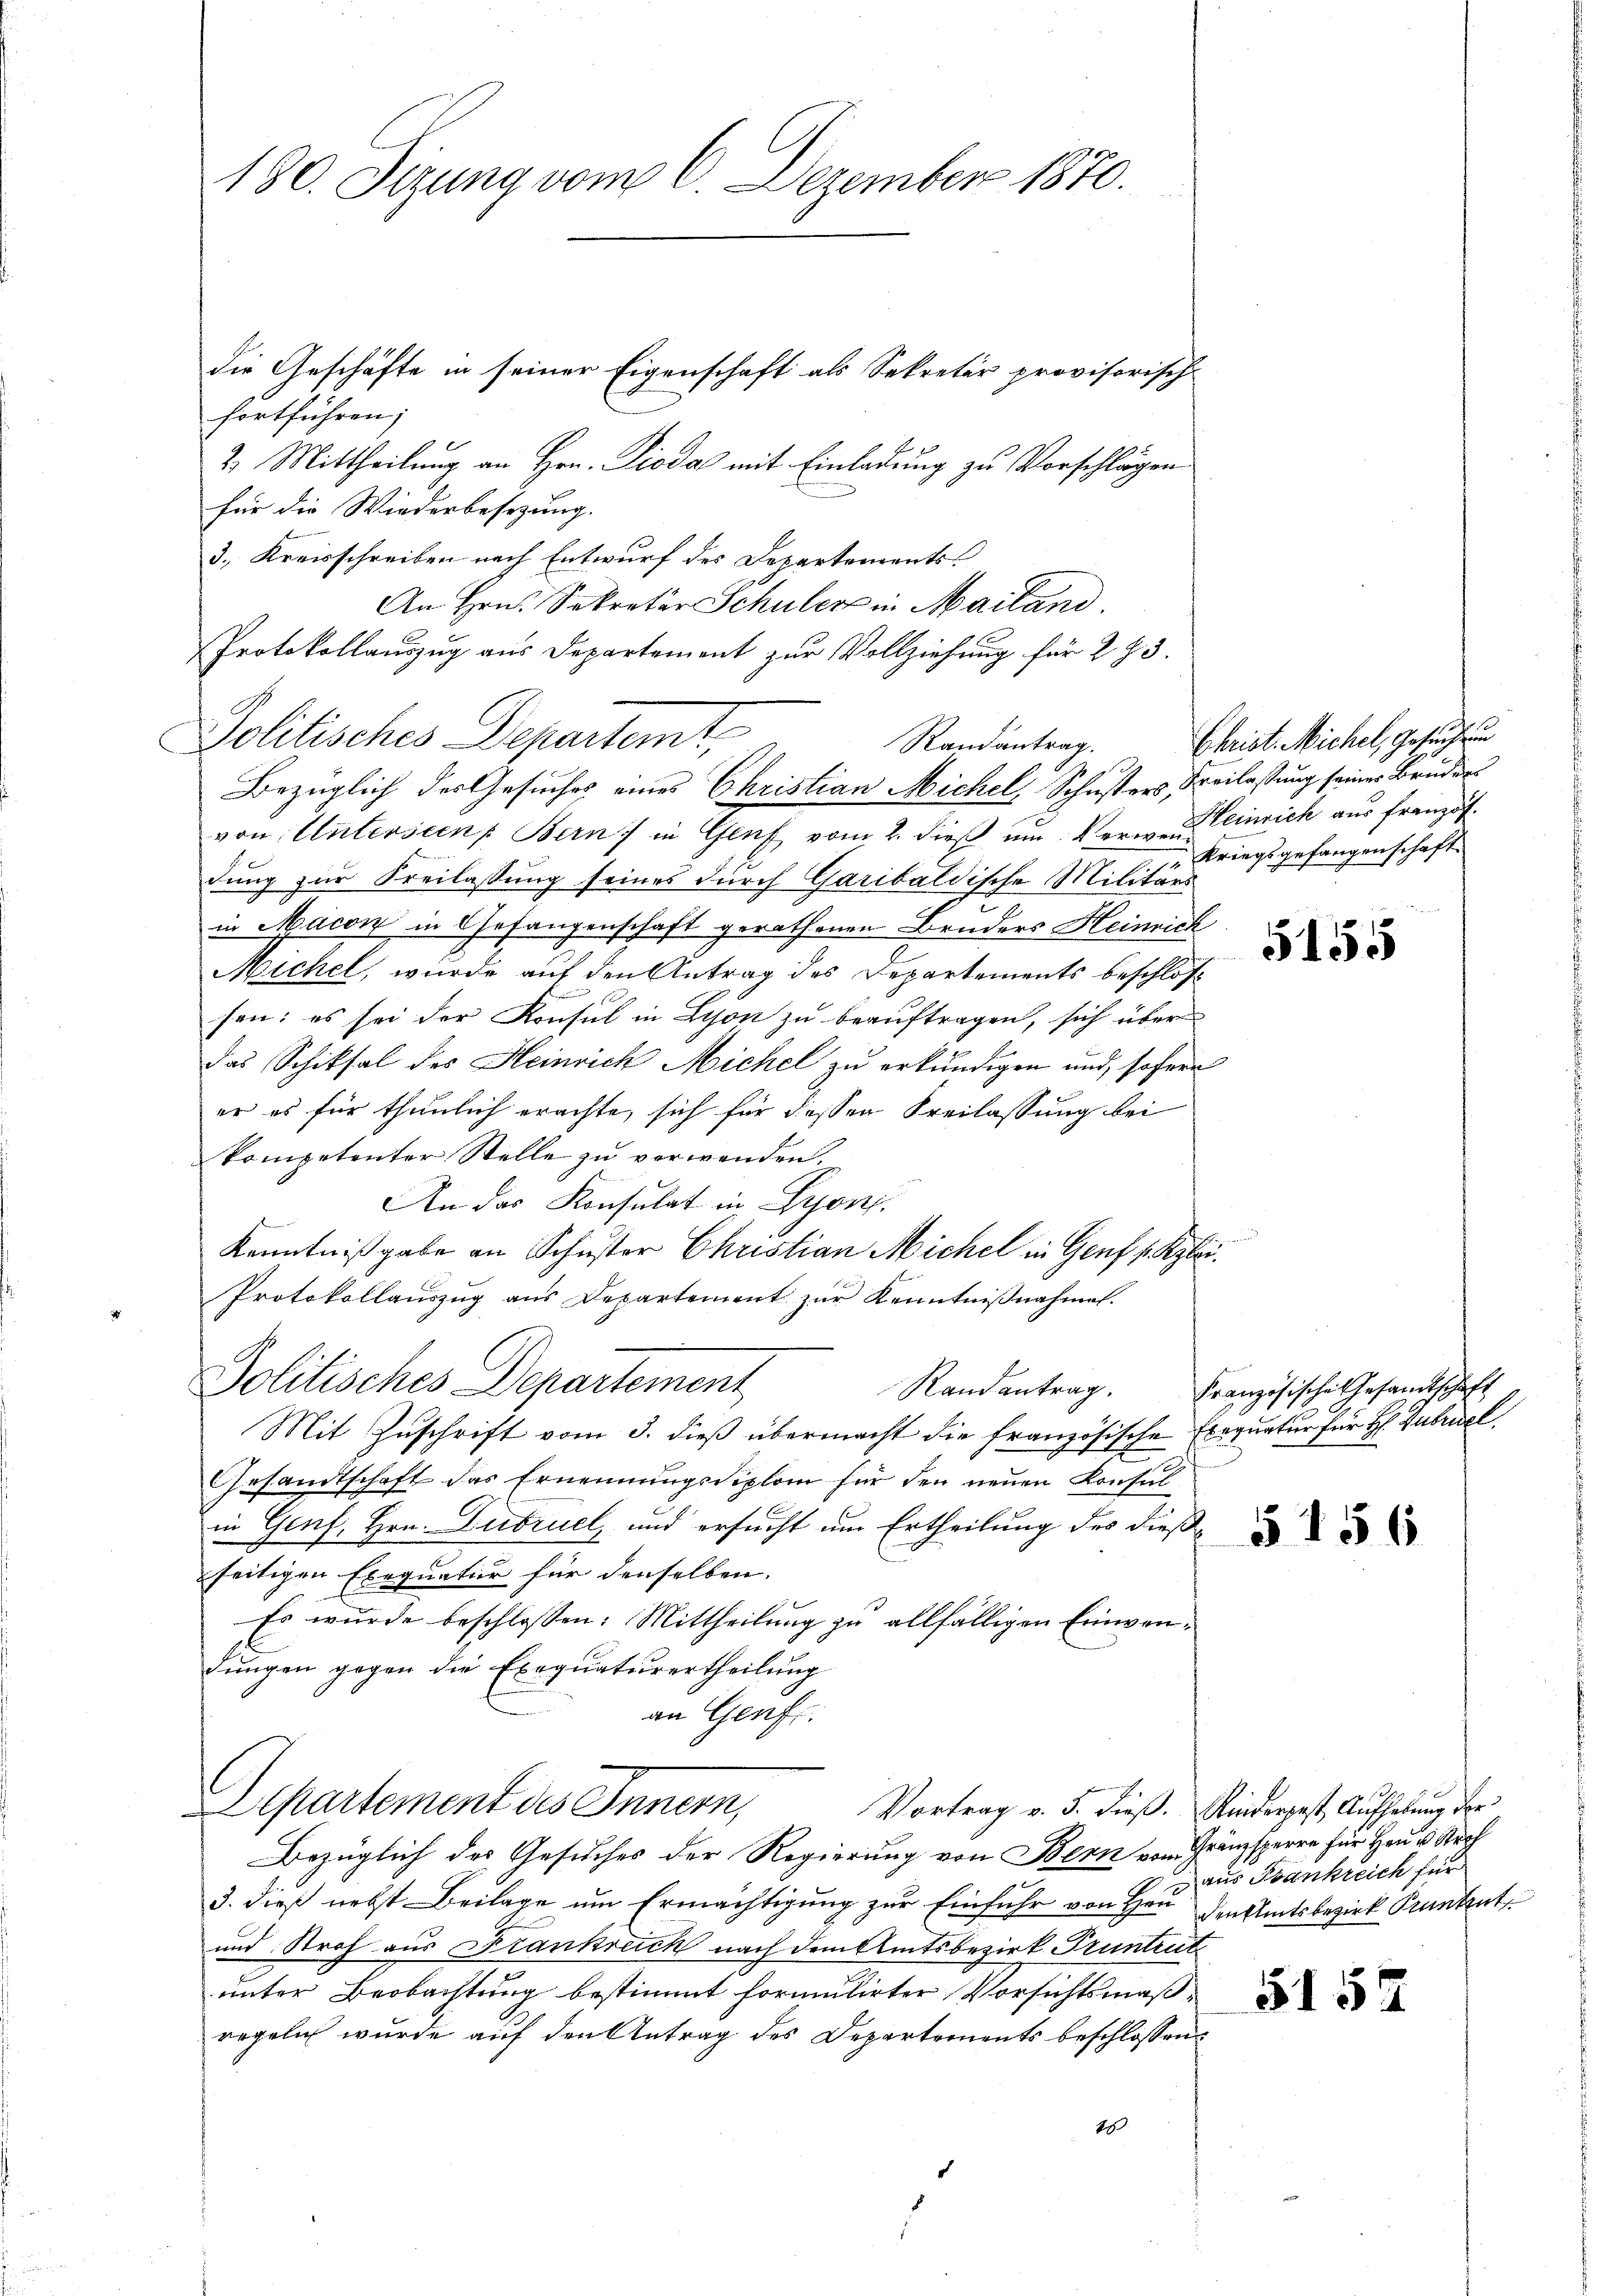
180. Sitzung vom 6. Dezember 1870.

die Geschäfte in seiner Eigenschaft als Sekretär provisorisch-
fortführen;
2. Mittheilung an Hrn. Pioda mit Einladung zu Vorschlägen
für die Wiederbesezung.
3., Kreisschreiben nach Entwurf des Departements
An Hrn. Sekretär Schuler in Mailand.
Protokollauszug aus Departement zur Vollziehung für 273.
Politisches Departemt,
von Untersten Bern) in Genf vom 2. dieß um der Kleinrich aus französ.
dung zur Freilassung seines durch Garibaldische Militärs
in Macon in Gefangenschaft gerathenen Bruders Heinrich
Michel, wurde auf den Antrag des Departements beschlossen: es sei der Konsul in Lyon zu beauftragen, sich über
das Schiksal des Heinrich Michel zu erkundigen und, sofern
er es für thunlich erachte, sich für dessen Freilassung bei
kompetenter Stelle zu verwenden.
An das Konsulat in Lyon,
Kenntnißgabe an Schuster Christian Michel in Genf (Kybei.
Protokollauszug aus Departement zur Kenntnißnahmen.
Politisches Departement
Randantrag. Französische Gesandtschaft
Mit Zuschrift vom 3. dieß übermacht die französische Exequatur für H. Gabriel
Gesandtschaft das Ernennungsdiplom für den neuen Konsul
in Genf, Hrn. Dubruel, und ersucht um Ertheilung des dießseitigen Exequatur für denselben. |
Es wurde beschlossen: Mittheilung zu allfälligen Einwendungen gegen die Exequaturertheilung
an Genf.
Separtement des Innern,
Vortrag v. 5. dieß. Kinderpest, Aufhebung der
Bezüglich des Gesuches der Regierung von Bern vom Gränzsperre für Haus Rech
3. dieß nebst Beilage um Ermächtigung zur Einführ von Hrn den Amtsbezirk Prantent
und Stroh aus Frankreich nach dem Amtsbezirk Pruntente
unter Beobachtung bestimmt formulirter Vorsichtsmaßregeln wurde auf den Antrag des Departements beschlossen:
25

Randantrag.
Bezüglich des Gesuches eines Christian Michel, Schusters, Freilassung seiner Bruder

Christ. Michel, Gesuch un
Kriegsgefangenschaft

5155

§ 156

aus Frankreich für

5152